Annual report on the mental hospital in the Central Provinces and Berar (Nagpur) - 1927-1951
Year: 1927
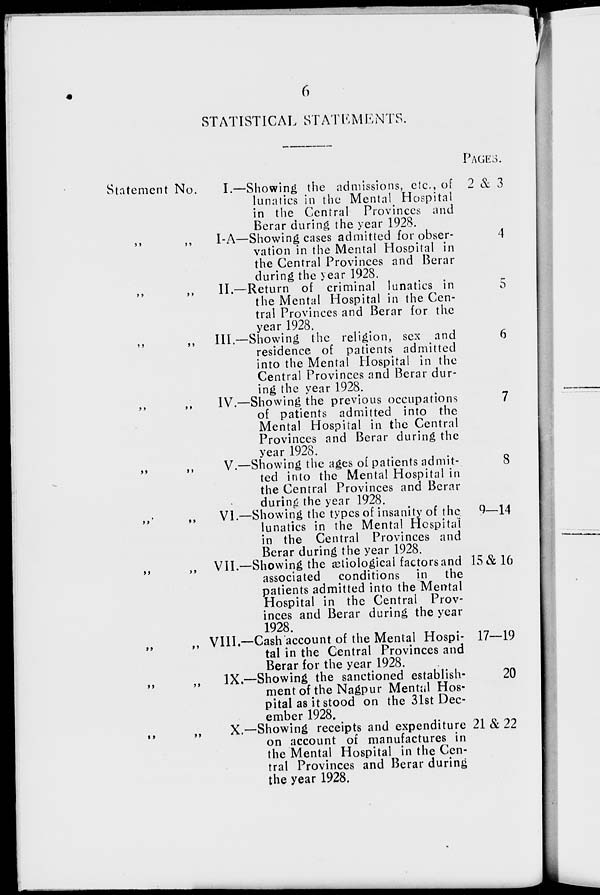
6
STATISTICAL STATEMENTS.
Statement No.
I.—
„ „ I-A—
„
„
II.—
„ „ III.—
„
„
IV —
„
„
V —
„ „ VI.—
„ „ VII.—
„ „ VIII.—
„
„
IX.—
„ „ X—
Showing the admissions, etc., of
lunatics in the Mental Hospital
in the Central Provinces and
Berar during the year 1928.
Showing cases admitted for obser-
vation in the Mental Hospital in
the Central Provinces and Berar
during the year 1928.
Return of criminal lunatics in
the Mental Hospital in the Cen-
tral Provinces and Berar for the
year 1928.
Showing the religion, sex and
residence of patients admitted
into the Mental Hospital in the
Central Provinces and Berar dur-
ing the year 1928.
Showing the previous occupations
of patients admitted into the
Mental Hospital in the Central
Provinces and Berar during the
year 1928.
Showing the ages of patients admit-
ted into the Mental Hospital in
the Central Provinces and Berar
during the year 1928.
Showing the types of insanity of the
lunatics in the Mental Hospital
in the Central Provinces and
Berar during the year 1928.
Showing the astiological factors and
associated
conditions in the
patients admitted into the Mental
Hospital in the Central Prov-
inces and Berar during the year
1928.
Cash account of the Mental Hospi-
tal in the Central Provinces and
Berar for the year 1928.
Showing the sanctioned establish-
ment of the Nagpur Mental Hos-
pital as it stood on the 31st Dec-
ember 1928.
Showing receipts and expenditure
on account of manufactures in
the Mental Hospital in the Cen-
tral Provinces and Berar during
the year 1928.
PAGES.
2 & 3
4
5
6
7
8
9—14
15 & 16
17—19
20
21 & 22